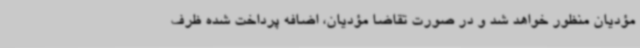
مؤدیان منظور خواهد شد و در صورت تقاضا مؤدیان، اضافه پرداخت شده ظرف